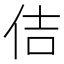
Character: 佶